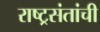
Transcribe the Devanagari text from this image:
राष्ट्रसंतांची